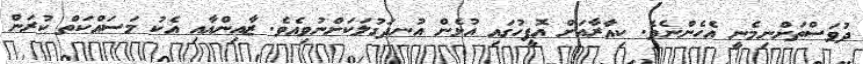
ދުވަސްތަށްނިމެނީ އެހެންނެވެ. ކިއާރާއަށް އޮފީހުގައި އުޅެން އުނދަގުލަކަށްނުވިއެވެ. ޒާއިންއާއި އެކު މަސައްކަތް ކުރަން